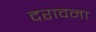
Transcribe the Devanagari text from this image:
दरावना